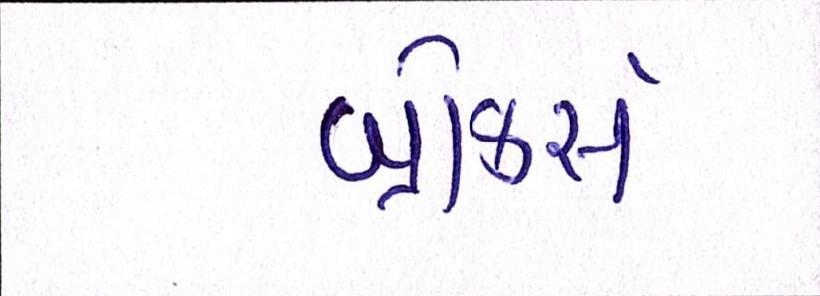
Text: બ્રોકર્સ